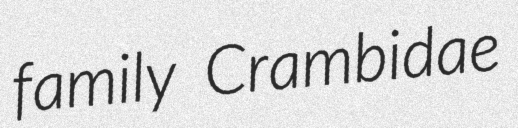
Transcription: family Crambidae